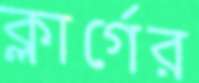
ক্লার্গের